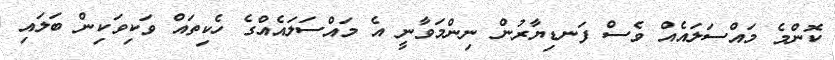
ކޮންމެ މައްސަލައެއް ވެސް ފަނޑިޔާރުން ނިންމަވާނީ އެ މައްސަލައެއްގެ ހެކިތައް ވަކިވަކިން ބަލައި